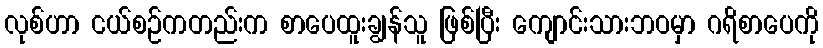
လုစ်ဟာ ငယ်စဉ်ကတည်းက စာပေထူးချွန်သူ ဖြစ်ပြီး ကျောင်းသားဘဝမှာ ဂရိစာပေကို